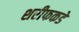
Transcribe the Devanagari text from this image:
शरीफकडे